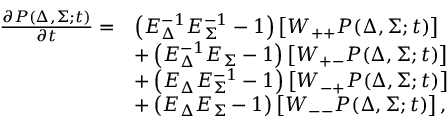
\begin{array} { r l } { \frac { \partial P ( \Delta , \Sigma ; t ) } { \partial t } = } & { \left( E _ { \Delta } ^ { - 1 } E _ { \Sigma } ^ { - 1 } - 1 \right) \left[ W _ { + + } P ( \Delta , \Sigma ; t ) \right] } \\ & { + \left( E _ { \Delta } ^ { - 1 } E _ { \Sigma } - 1 \right) \left[ W _ { + - } P ( \Delta , \Sigma ; t ) \right] } \\ & { + \left( E _ { \Delta } E _ { \Sigma } ^ { - 1 } - 1 \right) \left[ W _ { - + } P ( \Delta , \Sigma ; t ) \right] } \\ & { + \left( E _ { \Delta } E _ { \Sigma } - 1 \right) \left[ W _ { -- } P ( \Delta , \Sigma ; t ) \right] , } \end{array}